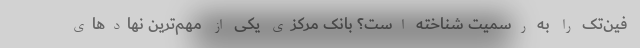
فین‌تک را به رسمیت شناخته است؟ بانک مرکزی یکی از مهم‌ترین نهاد‌های